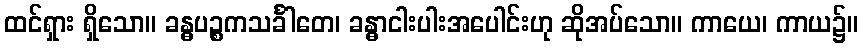
ထင်ရှား ရှိသော။ ခန္ဓပဉ္စကသင်္ခါတေ၊ ခန္ဓာငါးပါးအပေါင်းဟု ဆိုအပ်သော။ ကာယေ၊ ကာယ၌။